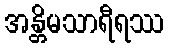
အန္တိမသာရီရဿ